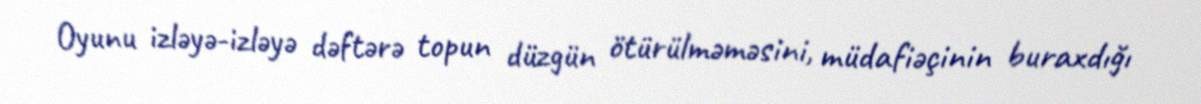
Oyunu izləyə-izləyə dəftərə topun düzgün ötürülməməsini, müdafiəçinin buraxdığı